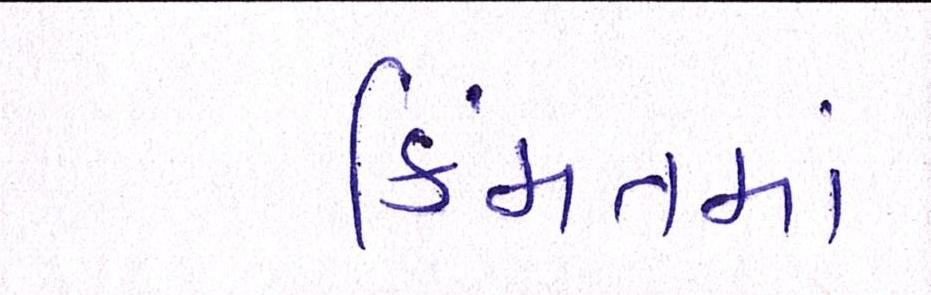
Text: કિંમતમાં